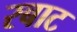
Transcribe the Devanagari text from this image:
रबाट